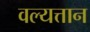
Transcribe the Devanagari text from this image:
वल्यत्तान